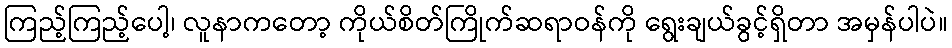
ကြည့်ကြည့်ပေါ့၊ လူနာကတော့ ကိုယ်စိတ်ကြိုက်ဆရာဝန်ကို ရွေးချယ်ခွင့်ရှိတာ အမှန်ပါပဲ။